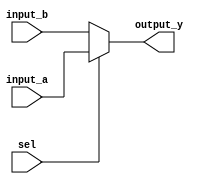
module conditional_assignment (
    input wire [3:0] input_a,  // Example 4-bit input
    input wire [3:0] input_b,  // Example 4-bit input
    input wire sel,            // Control signal
    output wire [3:0] output_y // Output signal
);

    // Continuous assignment using the ternary operator
    assign output_y = sel ? input_a : input_b;

endmodule